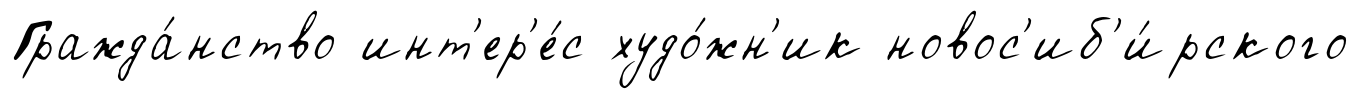
Гражда́нство инт'ер'е́с худо́жн'ик новос'иб'и́рского